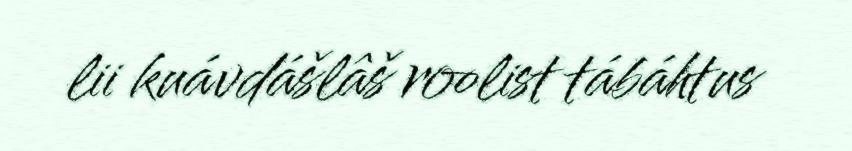
lii kuávdášlâš roolist tábáhtus